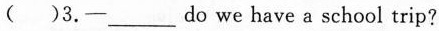
（）3.—___do we have a school trip?